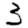
Digit: 3